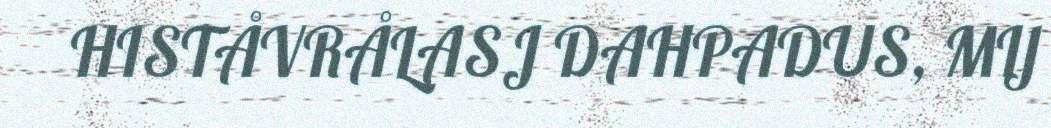
HISTÅVRÅLASJ DAHPADUS, MIJ